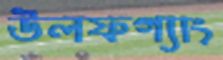
উলফগ্যাং